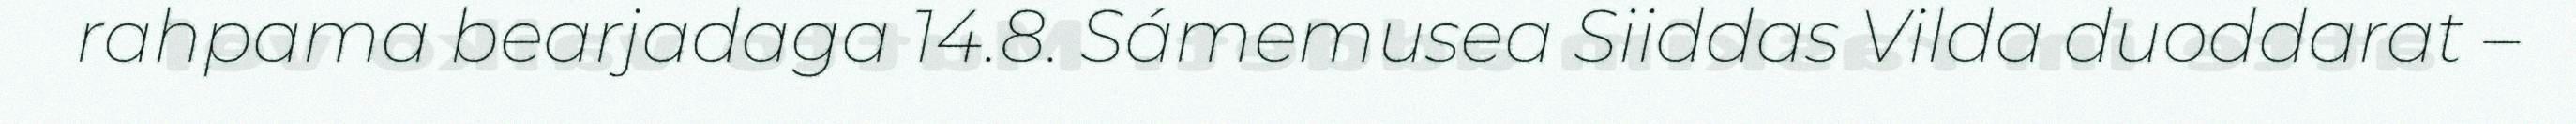
rahpama bearjadaga 14.8. Sámemusea Siiddas Vilda duoddarat –